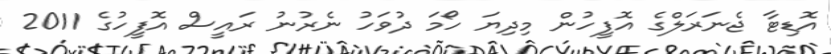
އޮޑިޓާ ޖެނަރަލްގެ އޮފީހުން މިދިޔަ ހޯމަ ދުވަހު ނެރުނު ރައީސް އޮފީހުގެ 2011